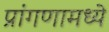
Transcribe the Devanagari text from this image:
प्रांगणामध्ये